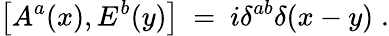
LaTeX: \left[A^{a}(x),E^{b}(y)\right]~=~i\delta^{ab}\delta(x-y)\; .